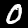
Label: 0